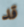
قد